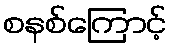
စနစ်ကြောင့်